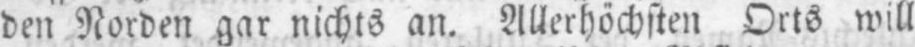
den Norden gar nichts an. Allerhöchsten Orts will